Indian journal of veterinary science and animal husbandry - Volume 3,
Year: 1933
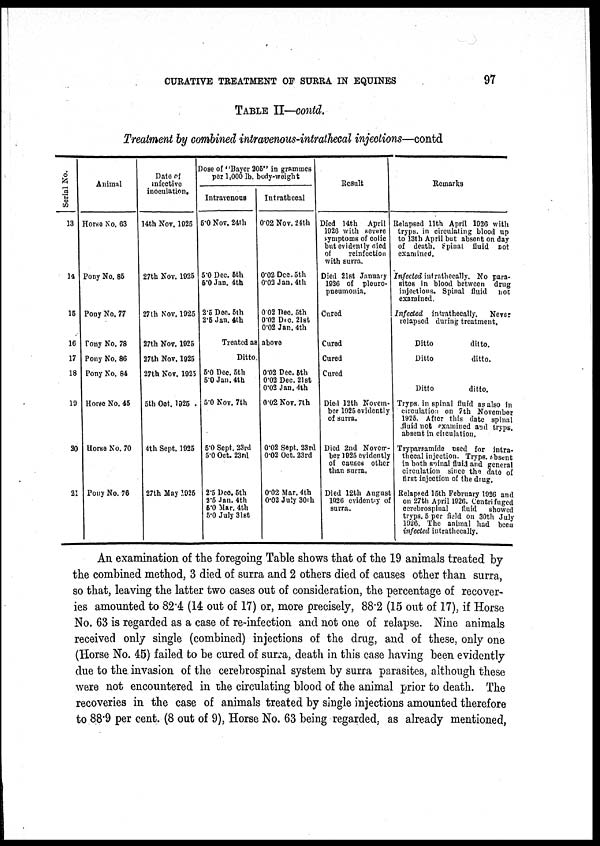
CURATIVE TREATMENT OF SURRA IN EQUINES
97
TABLE II—contd.
Treatment by combined intravenous-intrathecal injections—contd
Serial No.
13
14
15
16
17
18
19
20
21
Animal
Horse No. 63
Pony No. 85
Pony No. 77
Pony No. 78
Pony No. 86
Pony No. 84
Horse No. 45
Horse No. 70
Pony No. 76
Date of
infectives
inoculation.
14th Nov. 1925
27th Nov. 1925
27th Nov. 1925
27th Nov. 1925
27th Nov. 1925
27th Nov. 1925
5th Oct. 1925 .
4th Sept. 1925
27th May 1925
Dose of "Bayer 205" in grammes
per 1,000 lb. body-weight
Intravenous
5.0 Nov. 24th
5.0 Dec. 5th
5.0 Jan. 4th
2.5 Dec. 5th
2.5 Jan. 4th
Treated as
Ditto.
5.0 Dec. 5th
5.0 Jan. 4th
5.0 Nov. 7th
5.0 Sept. 23rd
5.0 Oct. 23rd
2.5 Dec. 5th
2.5 Jan. 4th
5.0 Mar. 4th
5.0 July 31st
Intrathecal
0.02 Nov. 24th
0.02 Dec. 5th
0.03 Jan. 4th
0.02 Dec. 5th
0.02 Dec. 21st
0.02 Jan. 4th
above
0.02 Dec. 5th
0.02 Dec. 21st
0.02 Jan. 4th
0.02 Nov. 7th
0.02 Sept. 23Td
0.02 Oct. 23rd
0.02 Mar. 4th
0.02 July 30th
Result
Died 14th April
1926 with severe
symptoms of colic
but evidently cied
of
reinfection
with surra.
Died 21st January
1926 of pleuro-
pneumonia.
Cured
Cured
Cured
Cured
Died 12th Novem-
ber 1925 evidently
of surra.
Died 2nd Novem-
ber 1925 evidently
of causes other
than surra.
Died 12th August
1926 evidently of
surra.
Remarks
Relapsed 11th April 1926 with
tryps. in circulating blood up
to 13th April but absent on day
of death. Spinal fluid not
examined.
Infected intrathecally. No para-
sites in blood between drug
injections. Spinal fluid not
examined.
Infected intrathecally.
Never
relapsed during treatment.
Ditto
ditto.
Ditto
ditto.
Ditto
ditto.
Tryps. in spinal fluid as also in
circulation on 7th November
1925. After this date spinal
fluid not examined and tryps.
absent in circulation.
Tryparsamide used for intra-
thecal injection. Tryps. absent
in both spinal fluid and general
circulation since the date of
first injection of the drug.
Relapsed 15th February 1926 and
on 27th April 1926. Centrifuged
cerebrospinal
fluid
showed
tryps. 5 per field on 30th July
1926. The animal had been
infected intrathecally.
An examination of the foregoing Table shows that of the 19 animals treated by
the combined method, 3 died of surra and 2 others died of causes other than surra,
so that, leaving the latter two cases out of consideration, the percentage of recover-
ies amounted to 82.4 (14 out of 17) or, more precisely, 88.2 (15 out of 17), if Horse
No. 63 is regarded as a case of re-infection and not one of relapse. Nine animals
received only single (combined) injections of the drug, and of these, only one
(Horse No. 45) failed to be cured of surra, death in this case having been evidently
due to the invasion of the cerebrospinal system by surra parasites, although these
were not encountered in the circulating blood of the animal prior to death. The
recoveries in the case of animals treated by single injections amounted therefore
to 88.9 per cent. (8 out of 9), Horse No. 63 being regarded, as already mentioned,